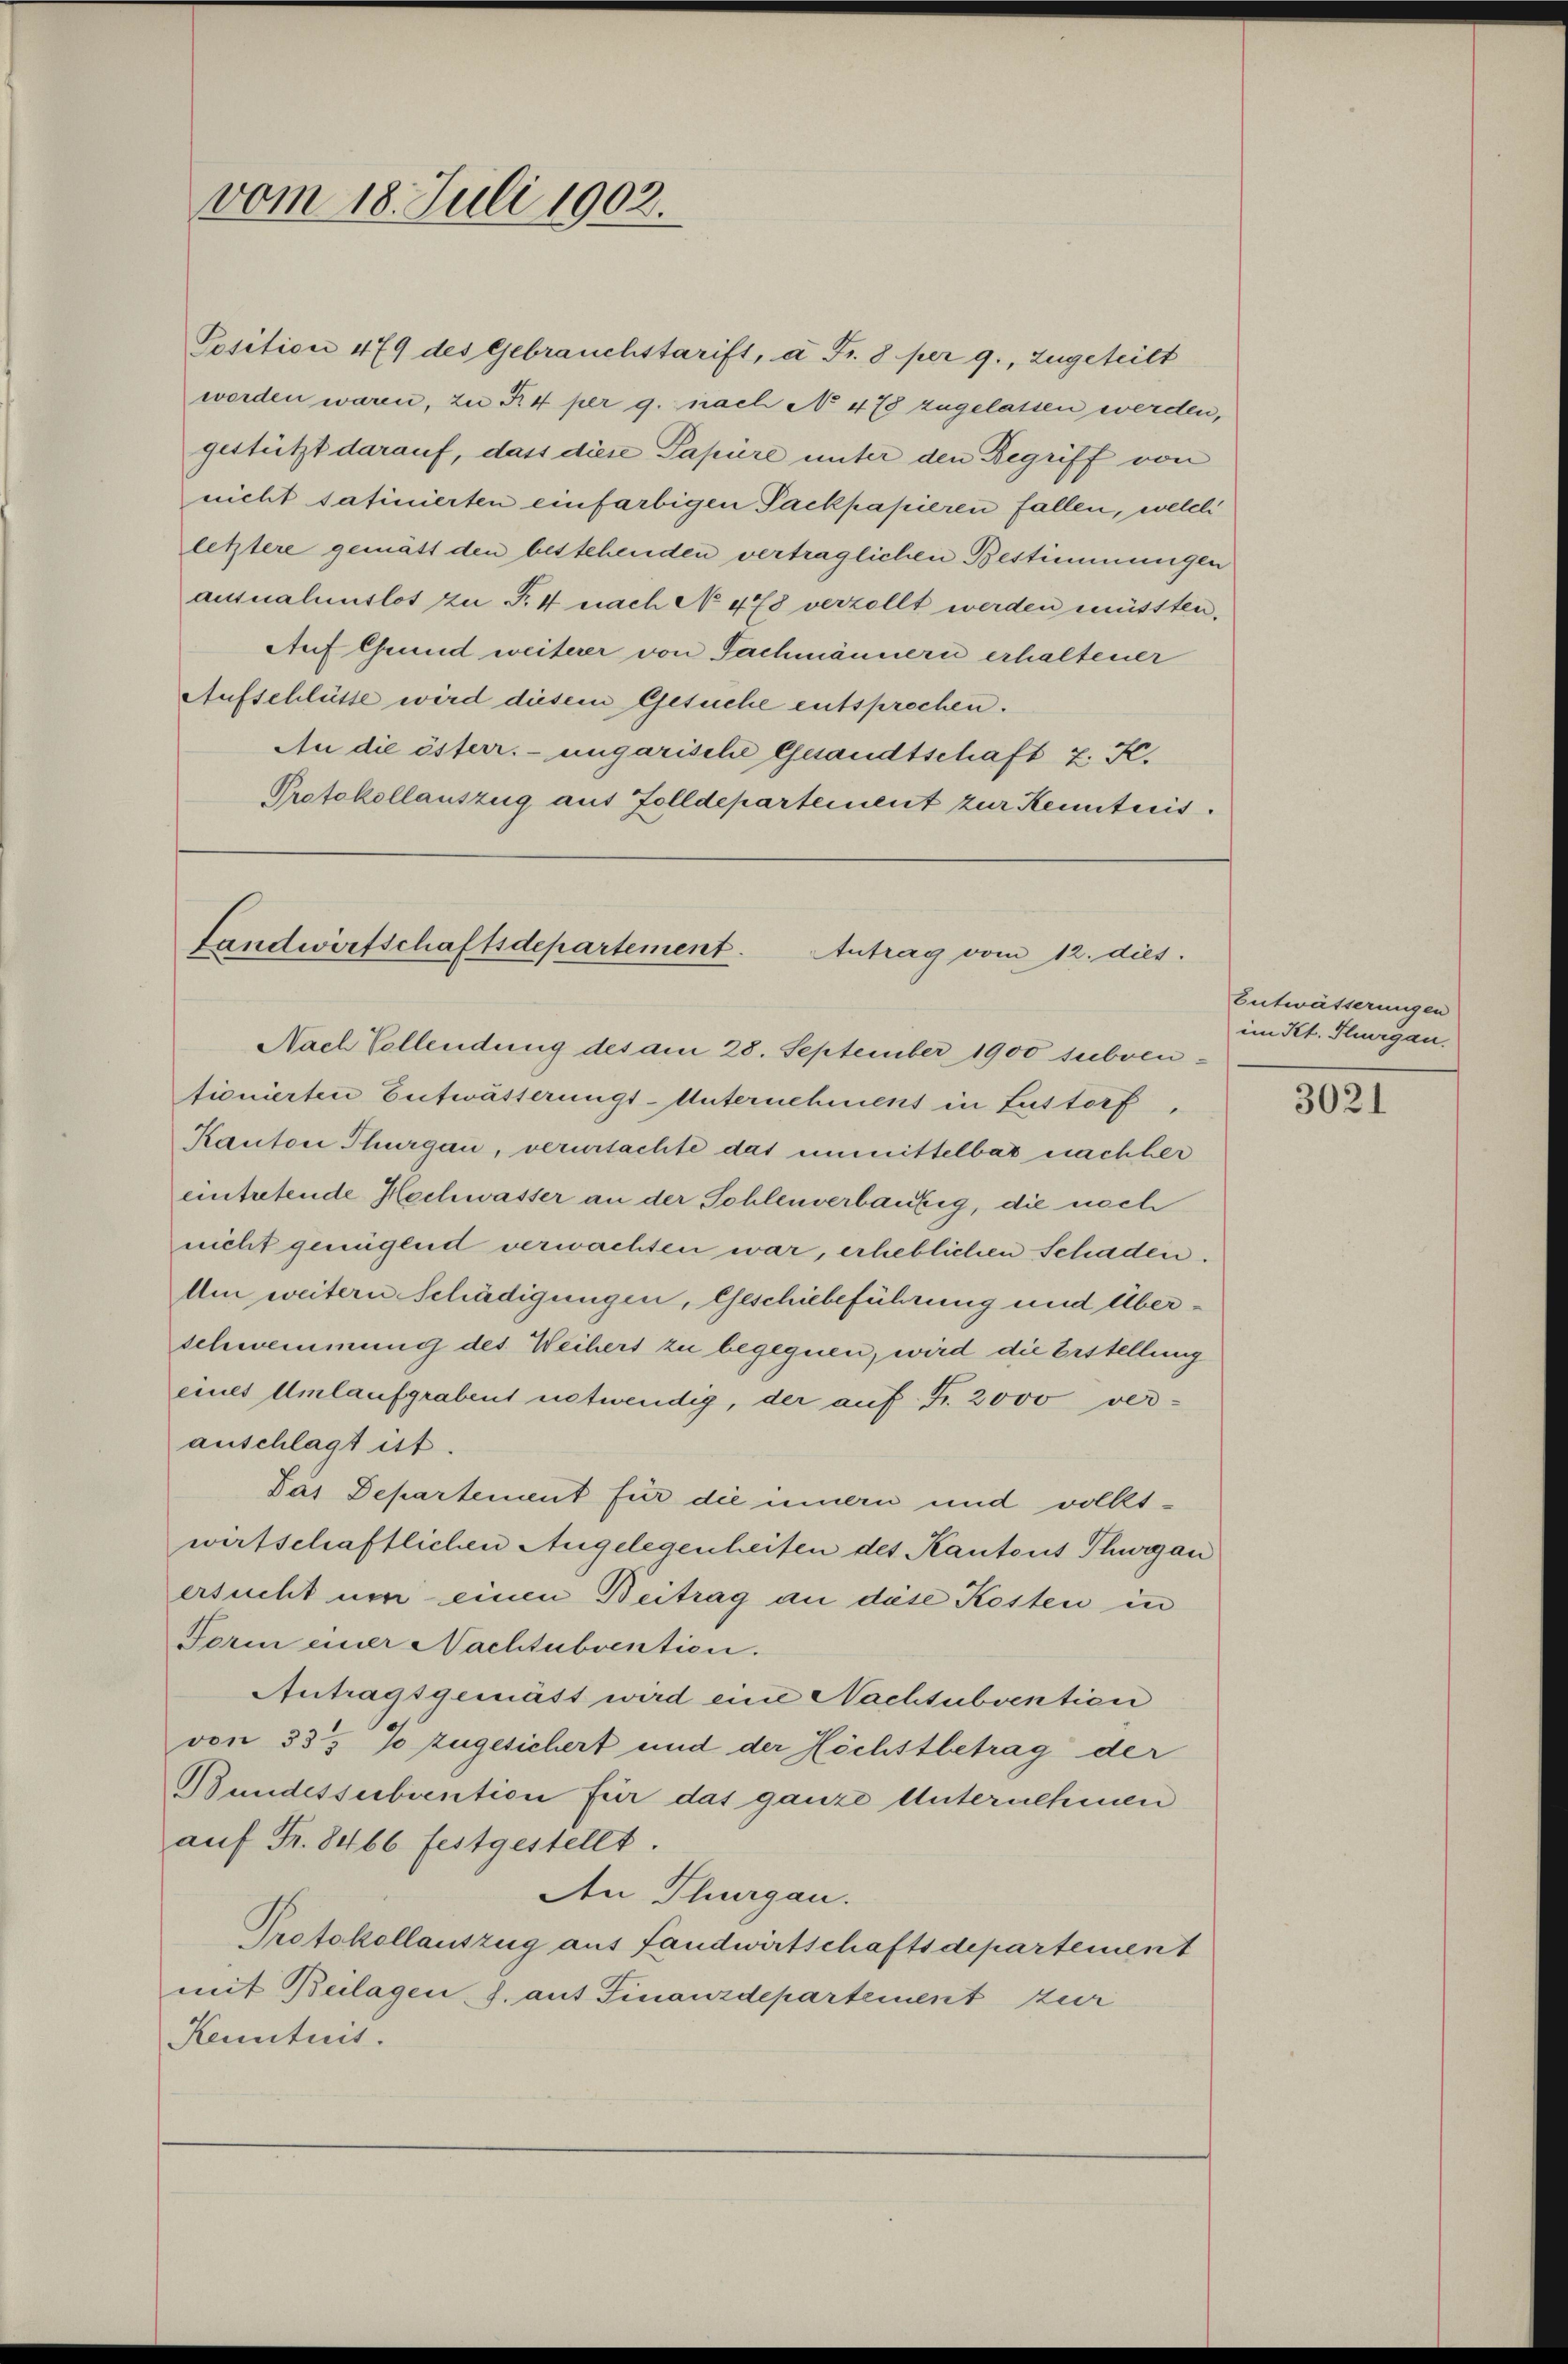
vom 18. Juli 1902.

Position 479 des Gebrauchstarift, à Fr. 8 per 9., zugeteilt
worden waren, zu 4 per g. nach No 478 zugelassen werden,
gestützt darauf, dass diese Papiere unter den Begriff von
nicht safinierten einfarbigen Packpapieren fallen, welch
letztere gematt den bestehenden vertraglichen Bestimmungen
ausnahmslos zu P. 4 nach No 478 verzollt werden müssten.
Auf Grund weiterer von Fachmännern erhaltener
Aufschlüsse wird diesem Gesuche entsprechen.
An die österr. ungarische Gesandtschaft z. S.
Protokollauszug aus Zolldepartement zur Kenntnis.

Landwirtschaftsdepartement.
Antrag vom 12. dies
Nach Vollendung des am 28. September 1900 subven¬

tionierten Entwässerungs-Unternehmens in Lustorf,
Kanton Thurgau, verurtachte das unmittelbar nachher
eintretende Hochwasser an der Sohlenverbaufig, die noch
nicht genügend verwachten war, erheblichen Schaden.
Am weitern Schädigungen, Geschiebeführung und Überschwemmung des Weihers zu begegnen, wird die Erstellung
eines Umlaufgrabent notwendig, der auf Fr. 2000 veranschlagt ist.
Pas Departement für die innern und volks-
wirtschaftlichen Angelegenheiten des Kantons Thurgau
ersucht um einen Beitrag an diese Kosten in
Form einer Nachtubvention.
Antragsgemäss wird eine Nachsubvention
von 335 % zugesichert und der Höchstbetrag der
Bundessubvention für das ganze Unternehmen
auf Fr. 8466 festgestellt.
An Thurgau.
Protokollauszug aus Landwirtschaftsdepartement
mit Beilagen s. auf Finanzdepartement zur
Kenntnis.

Entwässerungen
im Kt. Thurgau.

3021